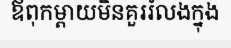
ឪពុកម្តាយមិនគួររំលងក្នុង